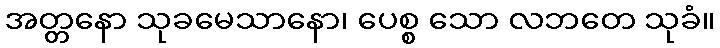
အတ္တနော သုခမေသာနော၊ ပေစ္စ သော လဘတေ သုခံ။